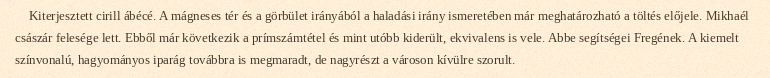
Kiterjesztett cirill ábécé. A mágneses tér és a görbület irányából a haladási irány ismeretében már meghatározható a töltés előjele. Mikhaél császár felesége lett. Ebből már következik a prímszámtétel és mint utóbb kiderült, ekvivalens is vele. Abbe segítségei Fregének. A kiemelt színvonalú, hagyományos iparág továbbra is megmaradt, de nagyrészt a városon kívülre szorult.